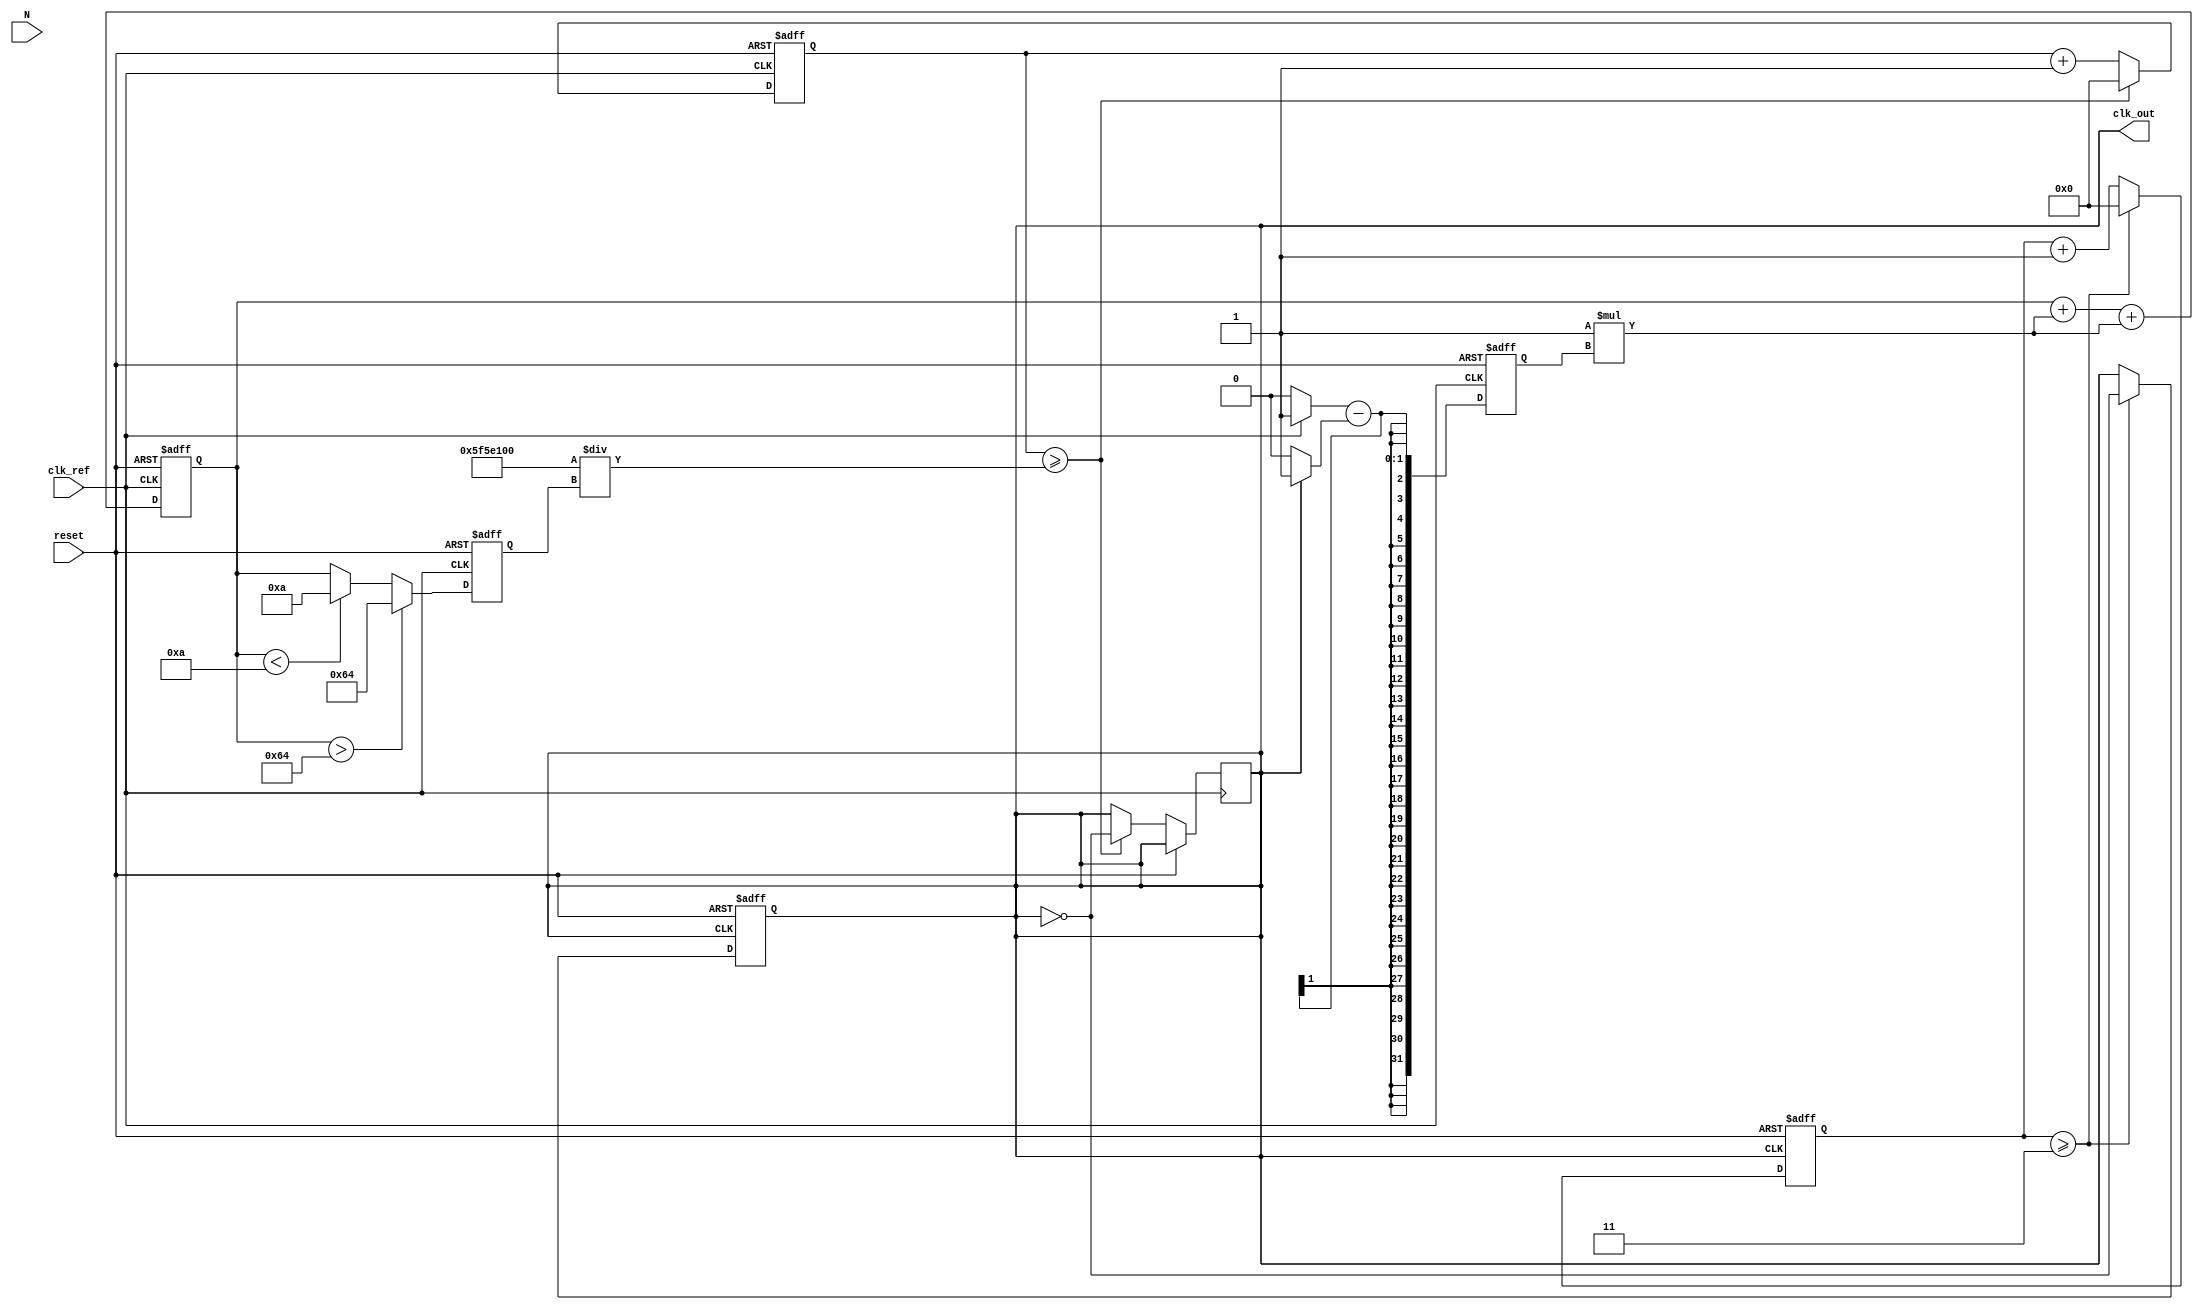
module type2_PLL (
    input wire clk_ref,          // Reference clock input
    input wire reset,            // Asynchronous reset
    input wire [N-1:0] N,        // Division ratio for the divider
    output reg clk_out           // Output clock
);
    parameter N = 4;             // Example division ratio
    parameter Kp = 1;            // Proportional gain for phase detector
    parameter Ki = 1;            // Integral gain for loop filter
    parameter VCO_MAX = 100;     // Maximum VCO frequency
    parameter VCO_MIN = 10;      // Minimum VCO frequency

    reg [31:0] phase_error;      // Phase error signal
    reg [31:0] control_voltage;   // Control voltage for VCO
    reg [31:0] vco_frequency;     // Current frequency of VCO
    reg [31:0] vco_counter;       // VCO counter for generating output clock
    reg [31:0] divider_counter;   // Divider counter

    // Phase Detector
    always @(posedge clk_ref or posedge reset) begin
        if (reset) begin
            phase_error <= 0;
        end else begin
            // Simple phase comparison (for example purposes)
            // In a real implementation, this would be more complex
            phase_error <= (clk_ref ? 1 : 0) - (clk_out ? 1 : 0);
        end
    end

    // Loop Filter (Simple PI Controller)
    always @(posedge clk_ref or posedge reset) begin
        if (reset) begin
            control_voltage <= 0;
        end else begin
            control_voltage <= control_voltage + (Kp * phase_error) + (Ki * phase_error);
        end
    end

    // Voltage-Controlled Oscillator (VCO)
    always @(posedge clk_ref or posedge reset) begin
        if (reset) begin
            vco_frequency <= VCO_MIN;
            vco_counter <= 0;
        end else begin
            // Control VCO frequency based on control voltage
            if (control_voltage > VCO_MAX) begin
                vco_frequency <= VCO_MAX;
            end else if (control_voltage < VCO_MIN) begin
                vco_frequency <= VCO_MIN;
            end else begin
                vco_frequency <= control_voltage;
            end

            // Generate VCO output clock
            if (vco_counter >= (100000000 / vco_frequency)) begin
                clk_out <= ~clk_out; // Toggle output clock
                vco_counter <= 0;
            end else begin
                vco_counter <= vco_counter + 1;
            end
        end
    end

    // Divider (N-divider)
    always @(posedge clk_out or posedge reset) begin
        if (reset) begin
            divider_counter <= 0;
            clk_out <= 0;
        end else begin
            if (divider_counter >= (N - 1)) begin
                clk_out <= ~clk_out; // Toggle output clock
                divider_counter <= 0;
            end else begin
                divider_counter <= divider_counter + 1;
            end
        end
    end

endmodule